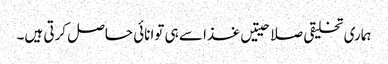
ہماری تخلیقی صلاحیتیں غذا سے ہی توانائی حاصل کرتی ہیں۔